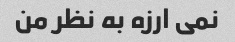
نمی ارزه به نظر من